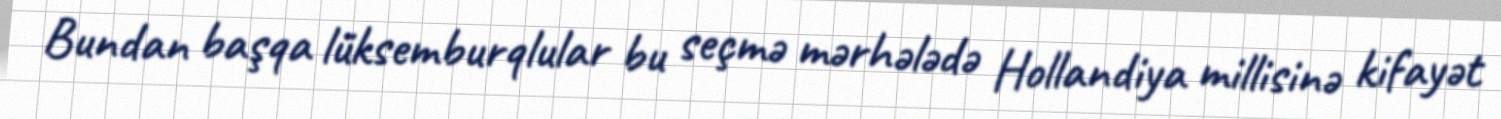
Bundan başqa lüksemburqlular bu seçmə mərhələdə Hollandiya millisinə kifayət